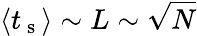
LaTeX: \left<t_{\mathrm{~s~}}\right>\sim L\sim\sqrt{N}